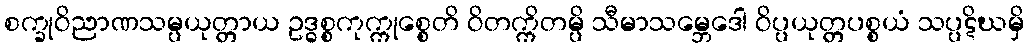
စက္ခုဝိညာဏသမ္ပယုတ္တာယ ဥဒ္ဓစ္စကုက္ကုစ္စေတိ ဝိတက္ကိတမ္ပိ သီမာသမ္ဘေဒေါ ဝိပ္ပယုတ္တပစ္စယံ သပ္ပဋိဃမှိ